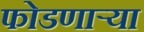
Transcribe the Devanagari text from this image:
फोडणार्‍या